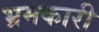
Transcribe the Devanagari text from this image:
भ्रमकारी